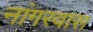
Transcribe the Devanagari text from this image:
नांगरवास